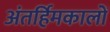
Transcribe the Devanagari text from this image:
अंतर्हिमकालों